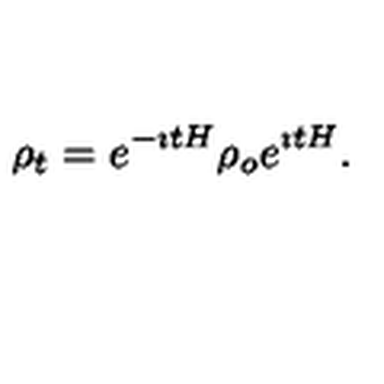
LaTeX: \rho _ { t } = e ^ { - \imath t H } \rho _ { o } e ^ { \imath t H } .